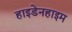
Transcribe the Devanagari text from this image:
हाइडेनहाइम